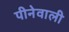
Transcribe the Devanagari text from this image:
पीनेवाली